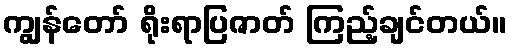
ကျွန်တော် ရိုးရာပြဇာတ် ကြည့်ချင်တယ်။